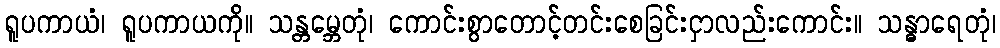
ရူပကာယံ၊ ရူပကာယကို။ သန္တမ္ဘေတုံ၊ ကောင်းစွာတောင့်တင်းစေခြင်းငှာလည်းကောင်း။ သန္ဓာရေတုံ၊